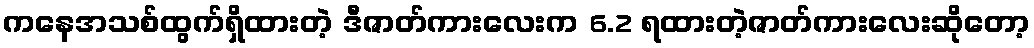
ကနေအသစ်ထွက်ရှိထားတဲ့ ဒီဇာတ်ကားလေးက 6.2 ရထားတဲ့ဇာတ်ကားလေးဆိုတော့